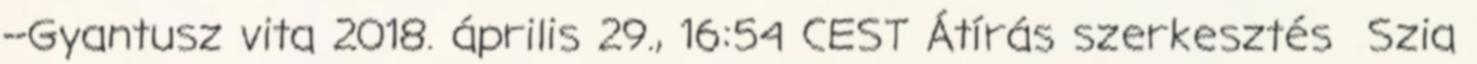
--Gyantusz vita 2018. április 29., 16:54 CEST Átírás szerkesztés Szia